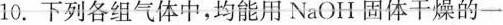
10.下列各组气体中，均能用NaOH固体干燥的一